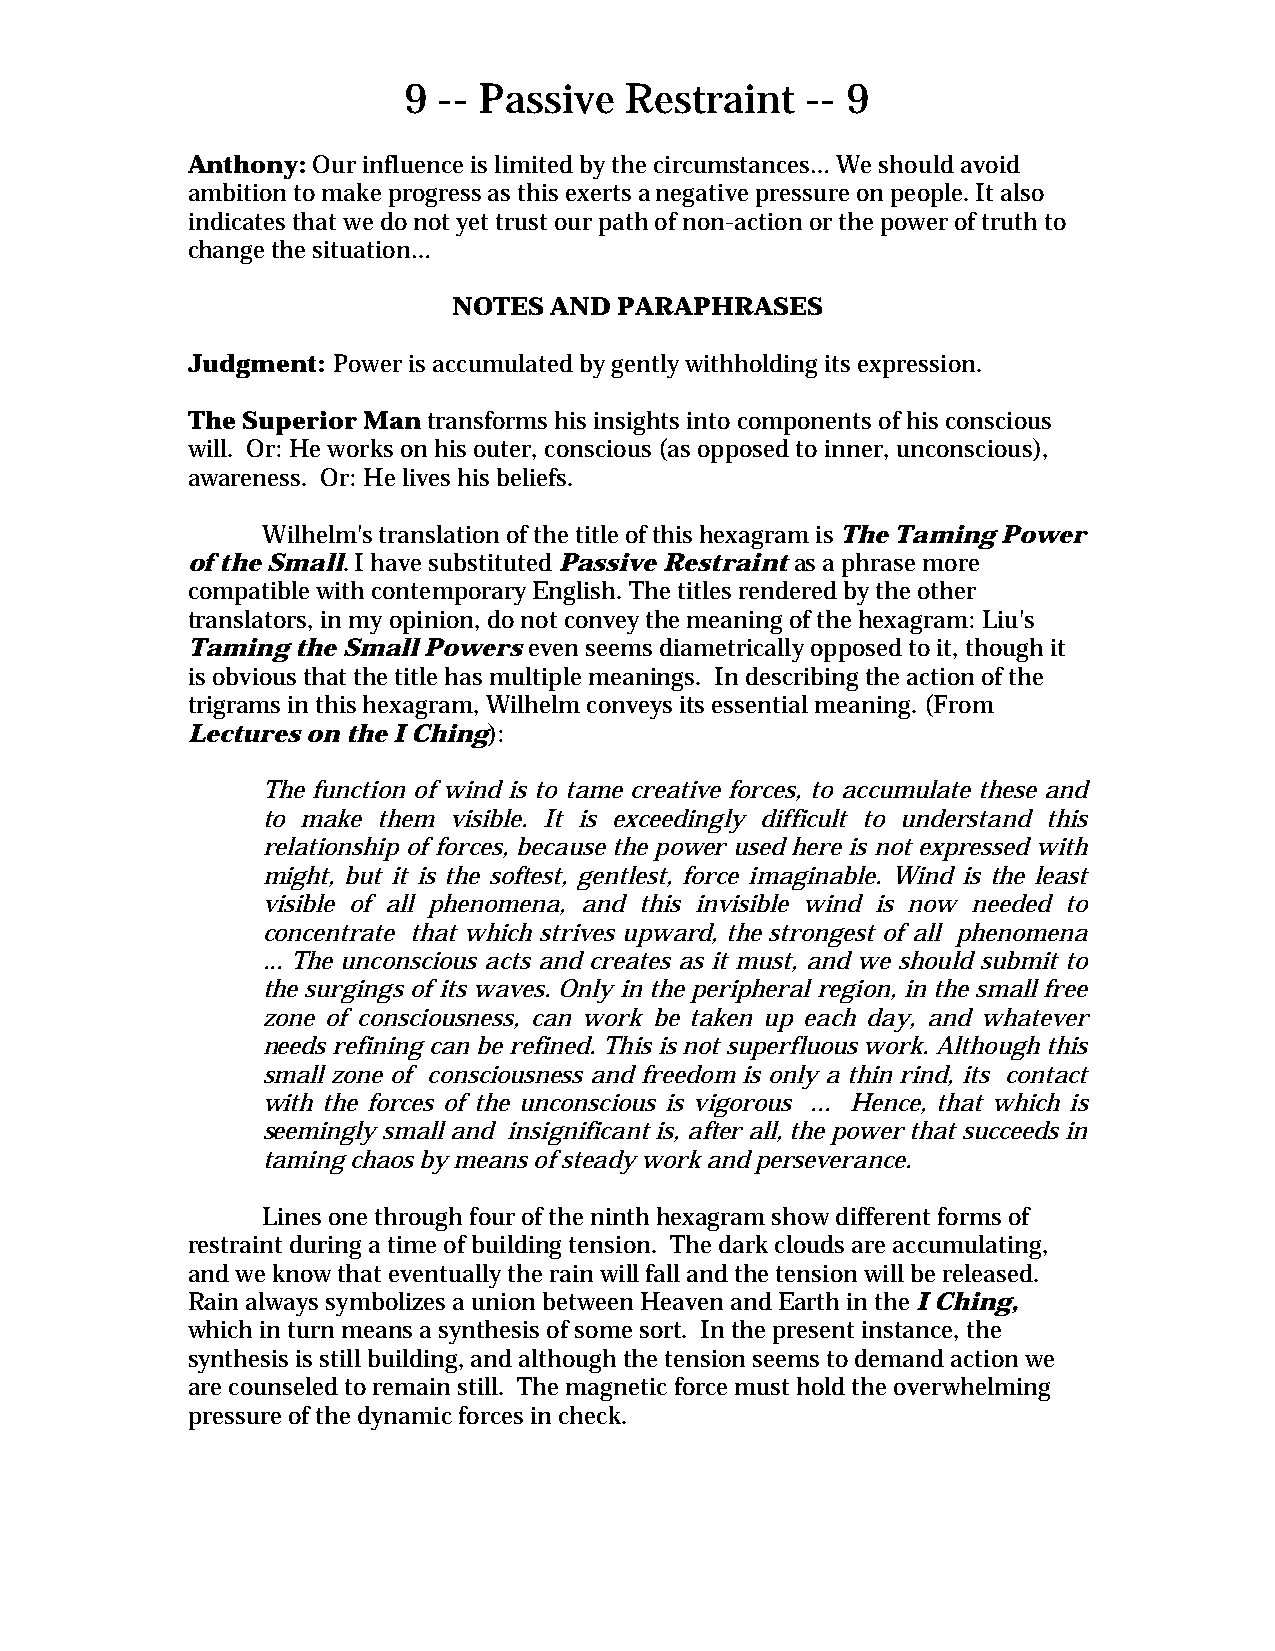
9 -- Passive  Restraint   -- 9
 Anthony: Our influence is limited by the circumstances… We should avoid
 ambition to make progress as this exerts a negative pressure on people. It also
 indicates that we do not yet trust our path of non-action or the power of truth to
 change the situation…
 NOTES AND  PARAPHRASES
 Judgment: Power is accumulated by gently withholding its expression.
 The Superior Man transforms his insights into components of his conscious
 will. Or: He works on his outer, conscious (as opposed to inner, unconscious),
 awareness. Or: He lives his beliefs.
 Wilhelm's translation of the title of this hexagram is The Taming Power
 of the Small. I have substituted Passive Restraint as a phrase more
 compatible with contemporary English. The titles rendered by the other
 translators, in my opinion, do not convey the meaning of the hexagram: Liu's
 Taming  the Small Powers even seems diametrically opposed to it, though it
 is obvious that the title has multiple meanings. In describing the action of the
 trigrams in this hexagram, Wilhelm conveys its essential meaning. (From
 Lectures on the I Ching):
 The function of wind is to tame creative forces, to accumulate these and
 to make them visible. It is exceedingly difficult to understand this
 relationship of forces, because the power used here is not expressed with
 might, but it is the softest, gentlest, force imaginable. Wind is the least
 visible of all phenomena, and this invisible wind is now needed to
 concentrate that which strives upward, the strongest of all phenomena
 ... The unconscious acts and creates as it must, and we should submit to
 the surgings of its waves. Only in the peripheral region, in the small free
 zone of consciousness, can work be taken up each day, and whatever
 needs refining can be refined. This is not superfluous work. Although this
 small zone of consciousness and freedom is only a thin rind, its contact
 with the forces of the unconscious is vigorous ... Hence, that which is
 seemingly small and insignificant is, after all, the power that succeeds in
 taming chaos by means of steady work and perseverance.
 Lines one through four of the ninth hexagram show different forms of
 restraint during a time of building tension. The dark clouds are accumulating,
 and we know that eventually the rain will fall and the tension will be released.
 Rain always symbolizes a union between Heaven and Earth in the I Ching,
 which in turn means a synthesis of some sort. In the present instance, the
 synthesis is still building, and although the tension seems to demand action we
 are counseled to remain still. The magnetic force must hold the overwhelming
 pressure of the dynamic forces in check.